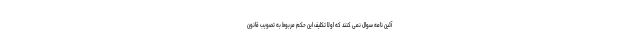
آئین نامه سوال نمی کنند که اولا تکلیف این حکم مربوط به تصویب قانون